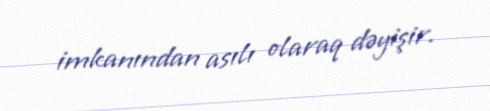
imkanından asılı olaraq dəyişir.